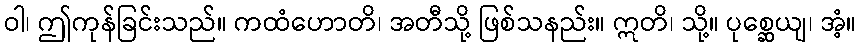
ဝါ၊ ဤကုန်ခြင်းသည်။ ကထံဟောတိ၊ အတီသို့ ဖြစ်သနည်း။ ဣတိ၊ သို့။ ပုစ္ဆေယျ၊ အံ့။